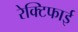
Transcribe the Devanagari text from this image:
रेक्टिफाई